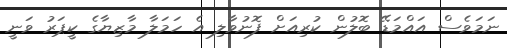
ނަމަވެސް އައްމަޑޭ ބޮލުން ކުރިއަށް ފޮނުވާލި އެ ހަމަލާ މާޒިޔާގެ ކީޕަރު ވަނީ